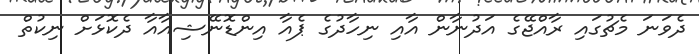
ދެވަނަ މެޗުގައި ރާއްޖޭގެ އަދުނާން އާއި ނިހާދުގެ ޕެއާ އިންޑޮނޭޝިއާއާ ދެކޮޅަށް ނިކުތް